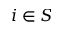
i \in S